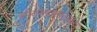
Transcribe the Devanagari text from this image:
श्रीरामदासानुग्रहीत